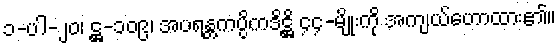
၁-ပါ-၂၀၊ ဋ္ဌ-၁၀၉၊ အပရန္တကပ္ပိကဒိဋ္ဌိ ၄၄-မျိုးကို အကျယ်ဟောထား၏။